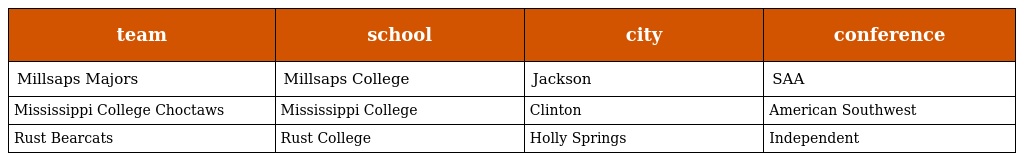
| team | school | city | conference |
 | --- | --- | --- | --- |
 | Millsaps Majors | Millsaps College | Jackson | SAA |
 | Mississippi College Choctaws | Mississippi College | Clinton | American Southwest |
 | Rust Bearcats | Rust College | Holly Springs | Independent |